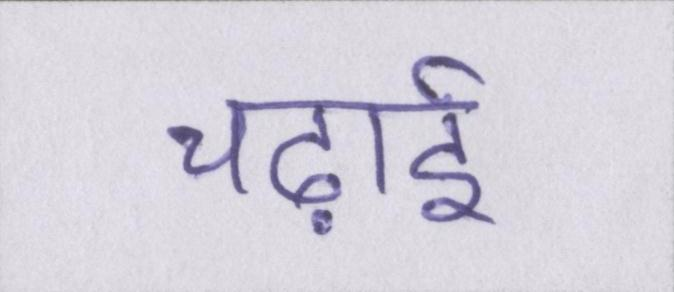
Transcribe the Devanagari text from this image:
चढ़ाई